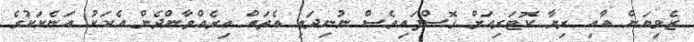
ޒެވިޔަން އާއި ރިޔާ ކޮޓަރިއަށް ގޮސްފައިވެސް ނުނިދައި އެތައް އިރެއްވާންދެން އެކަކު އަނެކަކުގެ